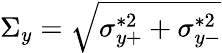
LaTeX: \Sigma_{y}=\sqrt{\sigma_{y+}^{*2}+\sigma_{y-}^{*2}}